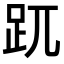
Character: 𧿁